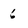
Character: 6